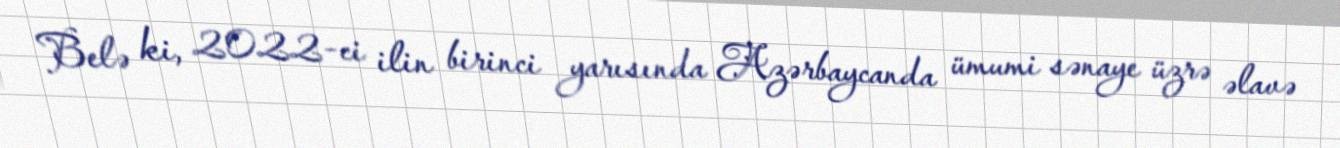
Belə ki, 2022-ci ilin birinci yarısında Azərbaycanda ümumi sənaye üzrə əlavə